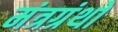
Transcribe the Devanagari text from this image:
मंत्रग्रंथों